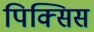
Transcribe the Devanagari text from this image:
पिक्सिस